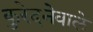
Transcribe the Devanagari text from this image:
कुरेदनेवाले